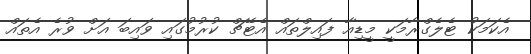
އެކަމަކު ޓެލެގްރާމަކީ މީޑިއާ ފައިލްތައް އެޓޭޗް ކުރުމުގައި ވައިބަ އަށް ވުރެ އެތައް